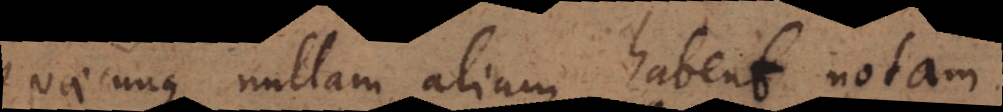
Quaecunque nullam aliam habent notam